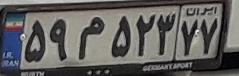
۵۹م۵۲۳۷۷